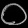
Digit: ၀